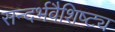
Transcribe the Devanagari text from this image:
सन्दर्भवैशिष्ट्य